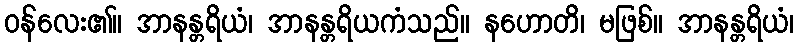
ဝန်လေး၏။ အာနန္တရိယံ၊ အာနန္တရိယကံသည်။ နဟောတိ၊ မဖြစ်။ အာနန္တရိယံ၊